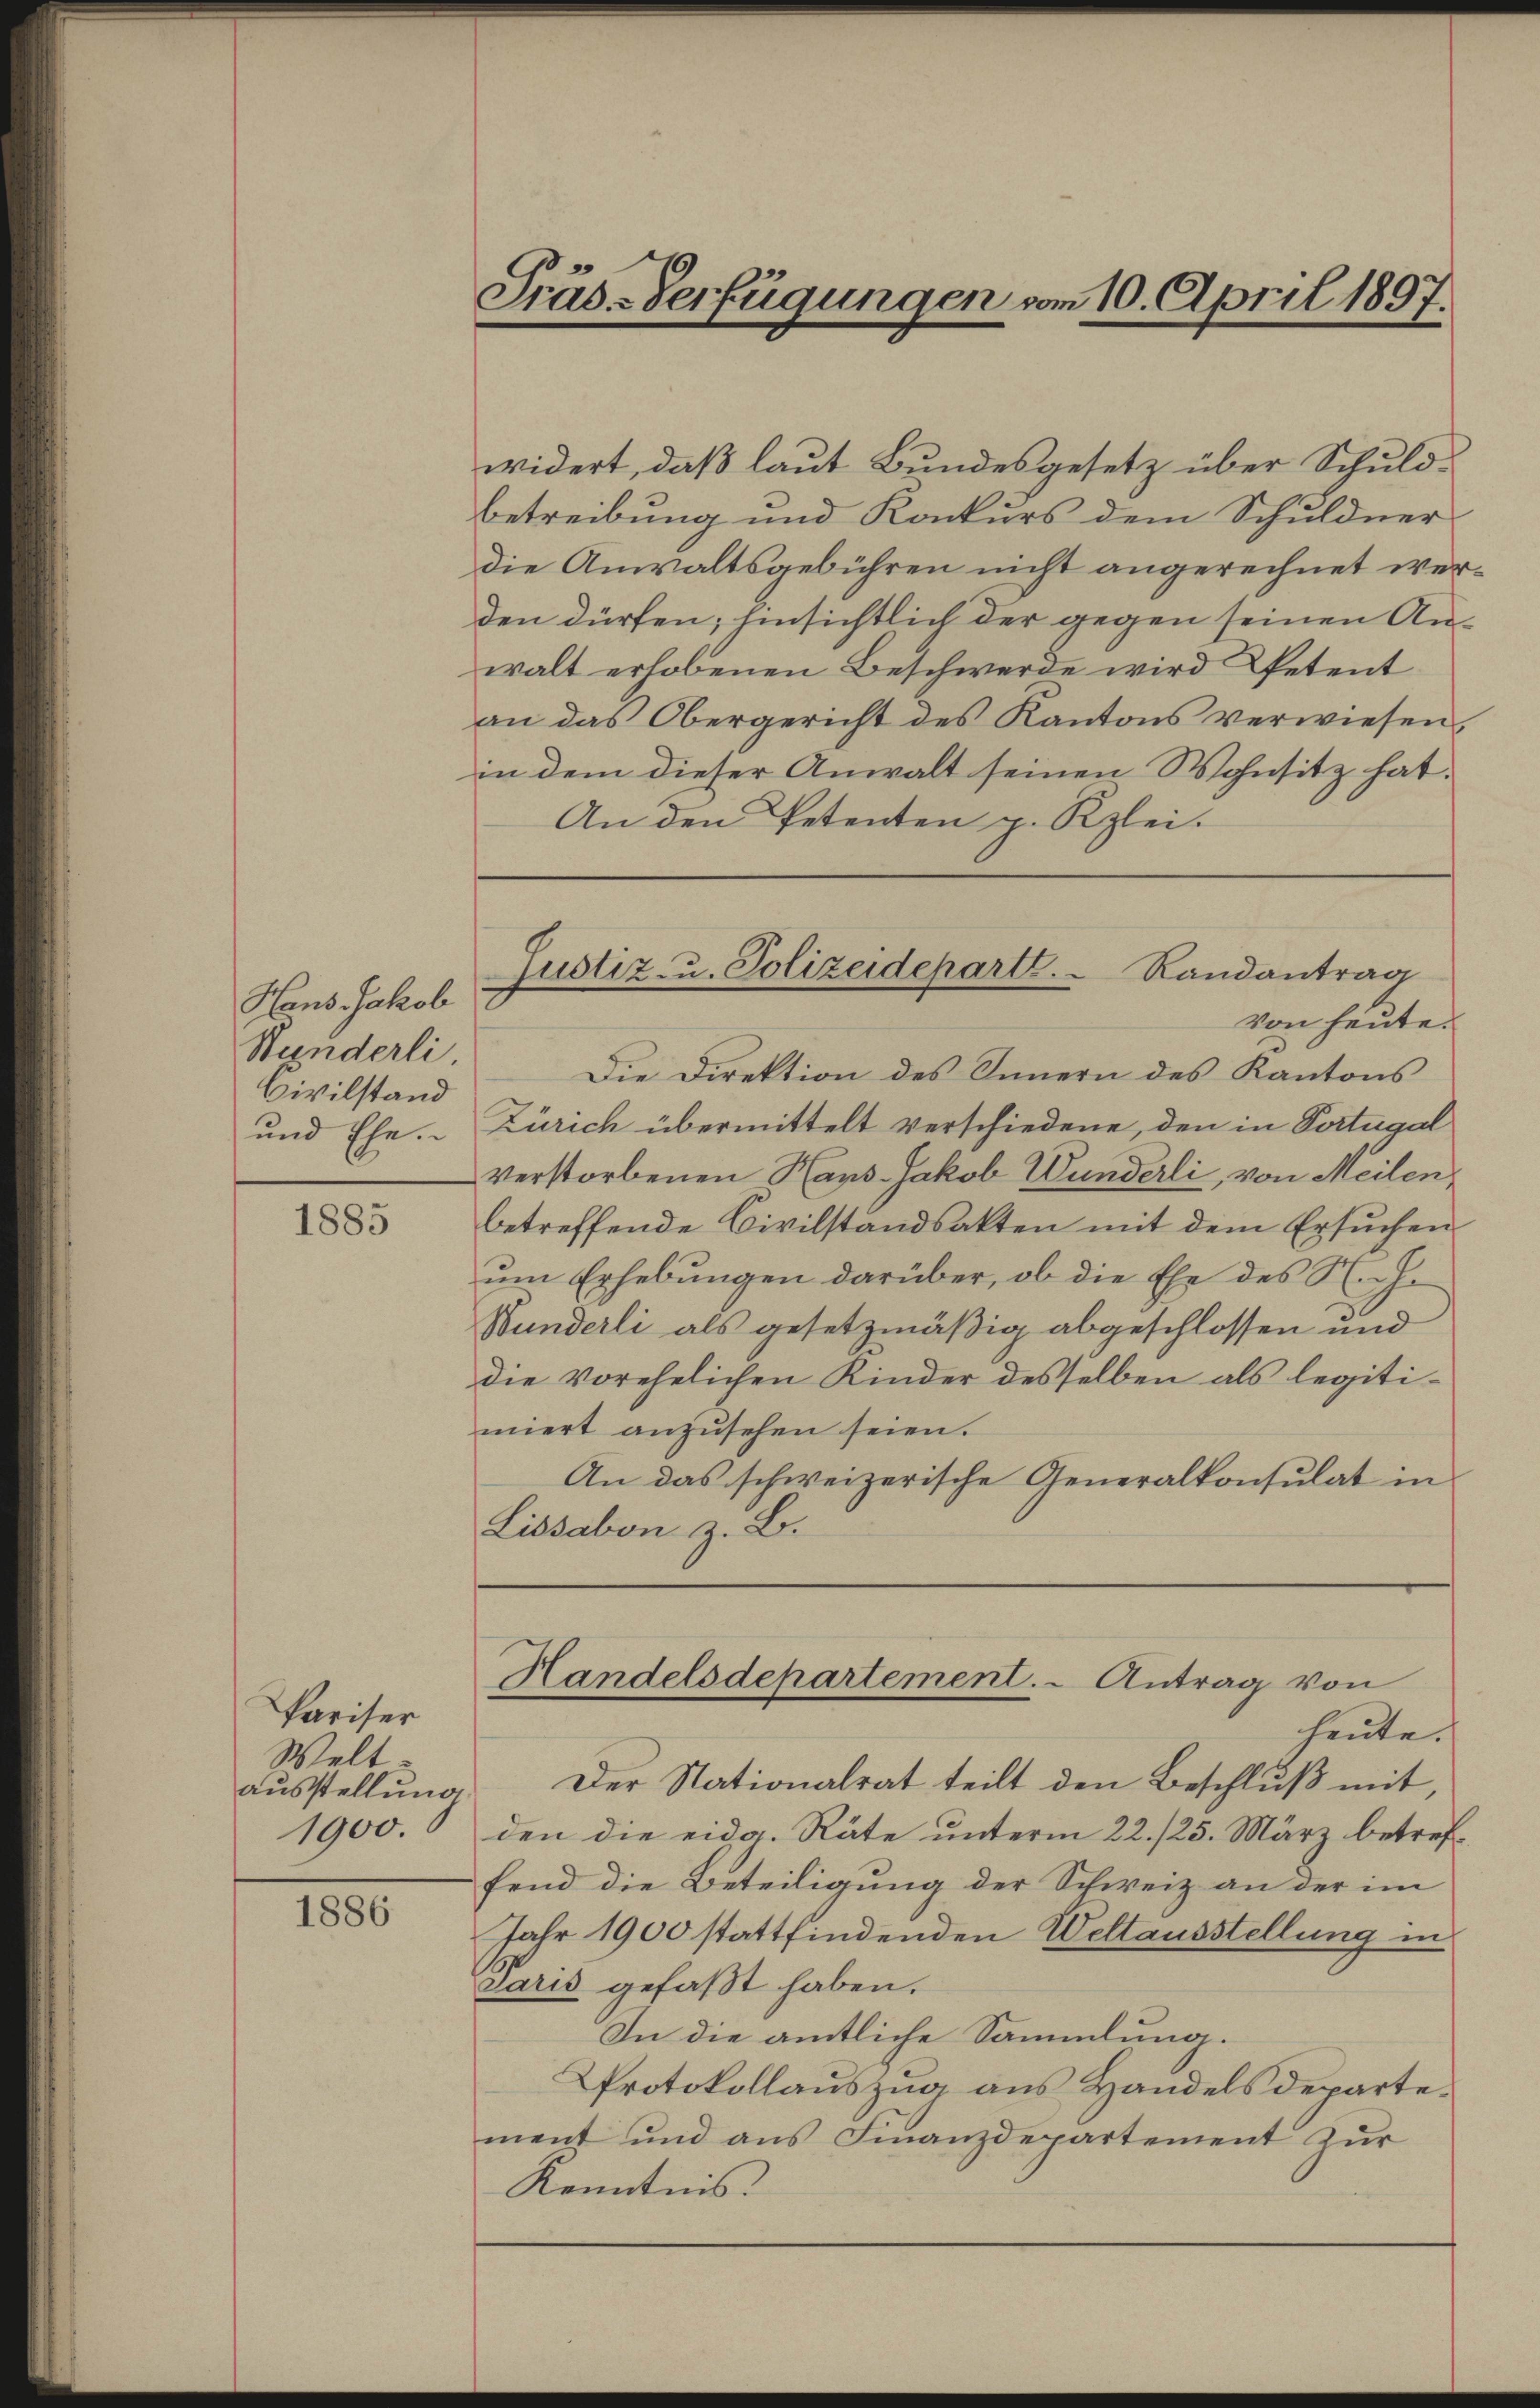
Hans Jakob
Wunderli.
Civilstand
und Ehe.

1885

Pariser
Weltausstellung
1900.

1886

widert, daß laut Bundesgesetz über Schuldbetreibung und Konkurs dem Schuldner
die Anwaltsgebühren nicht angerechnet werden dürfen; hinsichtlich der gegen seinen Anwalt erhobenen Beschwerde wird Petent
an das Obergericht des Kantons verwiesen,
in dem dieser Anwalt seinen Wohnsitz hat.
An den Petenten p. Rzlei.
von heute.
Die Direktion des Innern des Kantons
Zürich übermittelt verschiedene, den in Portugal
verstorbenen Haus- Jakob Wunderli, von Meilen,
betreffende Civilstandsakten mit dem Ersuchen
um Erhebungen darüber, ob die Ehe des N. c.
Wunderli als gesetzmäßig abgeschlossen und
die vorehelichen Kinder desselben als legitimiert anzusehen seien.
An das schweizerische Generalkonsulat in
Lissabon z. B.
Handelsdepartement. - Antrag von
heute.
Der Nationalrat teilt den Beschluß mit
den die eidg. Räte unterm 22./25. März betreffend die Beteiligung der Schweiz an der im
Jahr 1900 stattfindenden Weltausstellung in
Paris gefaßt haben.
In die amtliche Sammlung.
Protokollauszug aus Handelsdepartement und aus Finanzdepartement zur
Kenntnis.

Präs-Verfügungen vom 10. April 1897.

Justiz- u. Polizeidepartl. Randantrag